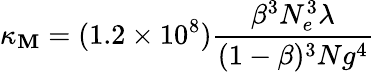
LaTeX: \kappa_{\mathbf{M}}=(1.2\times10^{8})\frac{{\beta^{3}N_{e}^{3}\lambda}}{{(1-\beta)^{3}Ng^{4}}}